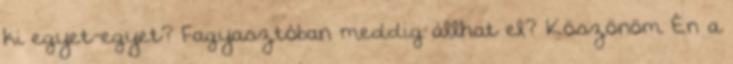
ki egyet-egyet? Fagyasztóban meddig állhat el? Köszönöm Én a